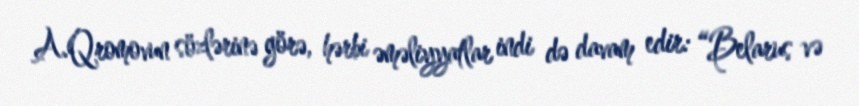
A.Qromovun sözlərinə görə, hərbi əməliyyatlar indi də davam edir: “Belarus və